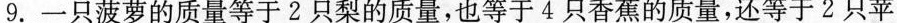
9.一只菠萝的质量等于2只梨的质量，也等于4只香蕉的质量，还等于2只苹